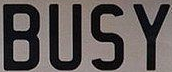
BUSY